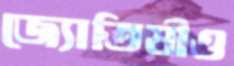
জ্যোতিষীও